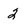
Character: 2